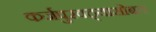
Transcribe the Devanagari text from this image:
कर्जपुरवठ्यासोबत